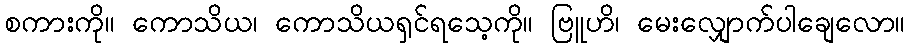
စကားကို။ ကောသိယ၊ ကောသိယရှင်ရသေ့ကို။ ဗြူဟိ၊ မေးလျှောက်ပါချေလော။